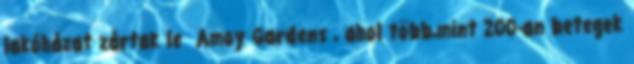
lakóházat zártak le Amoy Gardens , ahol több,mint 200-an betegek